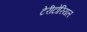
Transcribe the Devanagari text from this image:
टेरीटोरियल